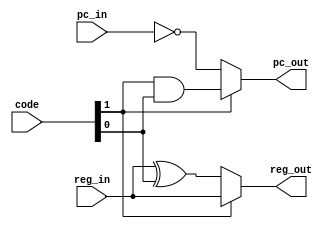
module alu (
             input       reg_in, pc_in,
             input [1:0] code, // code[1] is the cmd, code[0] is the arg
             output reg_out, pc_out
            );

   assign reg_out = code[1] == 1'b0 ?  // cmd == 0 => XOR
                    reg_in ^ code[0] : // xor
                    reg_in;            // reg

   assign pc_out  = code[1] == 1'b1 ?   // cmd == 1 => JMP
                    code[1] & code[0] : // jmp
                    ~pc_in;             // pc++
   
endmodule // alu